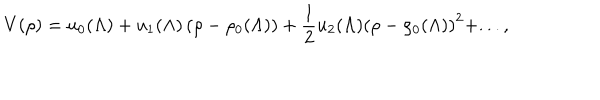
V ( \rho ) = u _ { 0 } ( \Lambda ) + u _ { 1 } ( \Lambda ) \left( \rho - \rho _ { 0 } ( \Lambda ) \right) + \frac { 1 } { 2 } u _ { 2 } ( \Lambda ) \left( \rho - \rho _ { 0 } ( \Lambda ) \right) ^ { 2 } + . . . ,